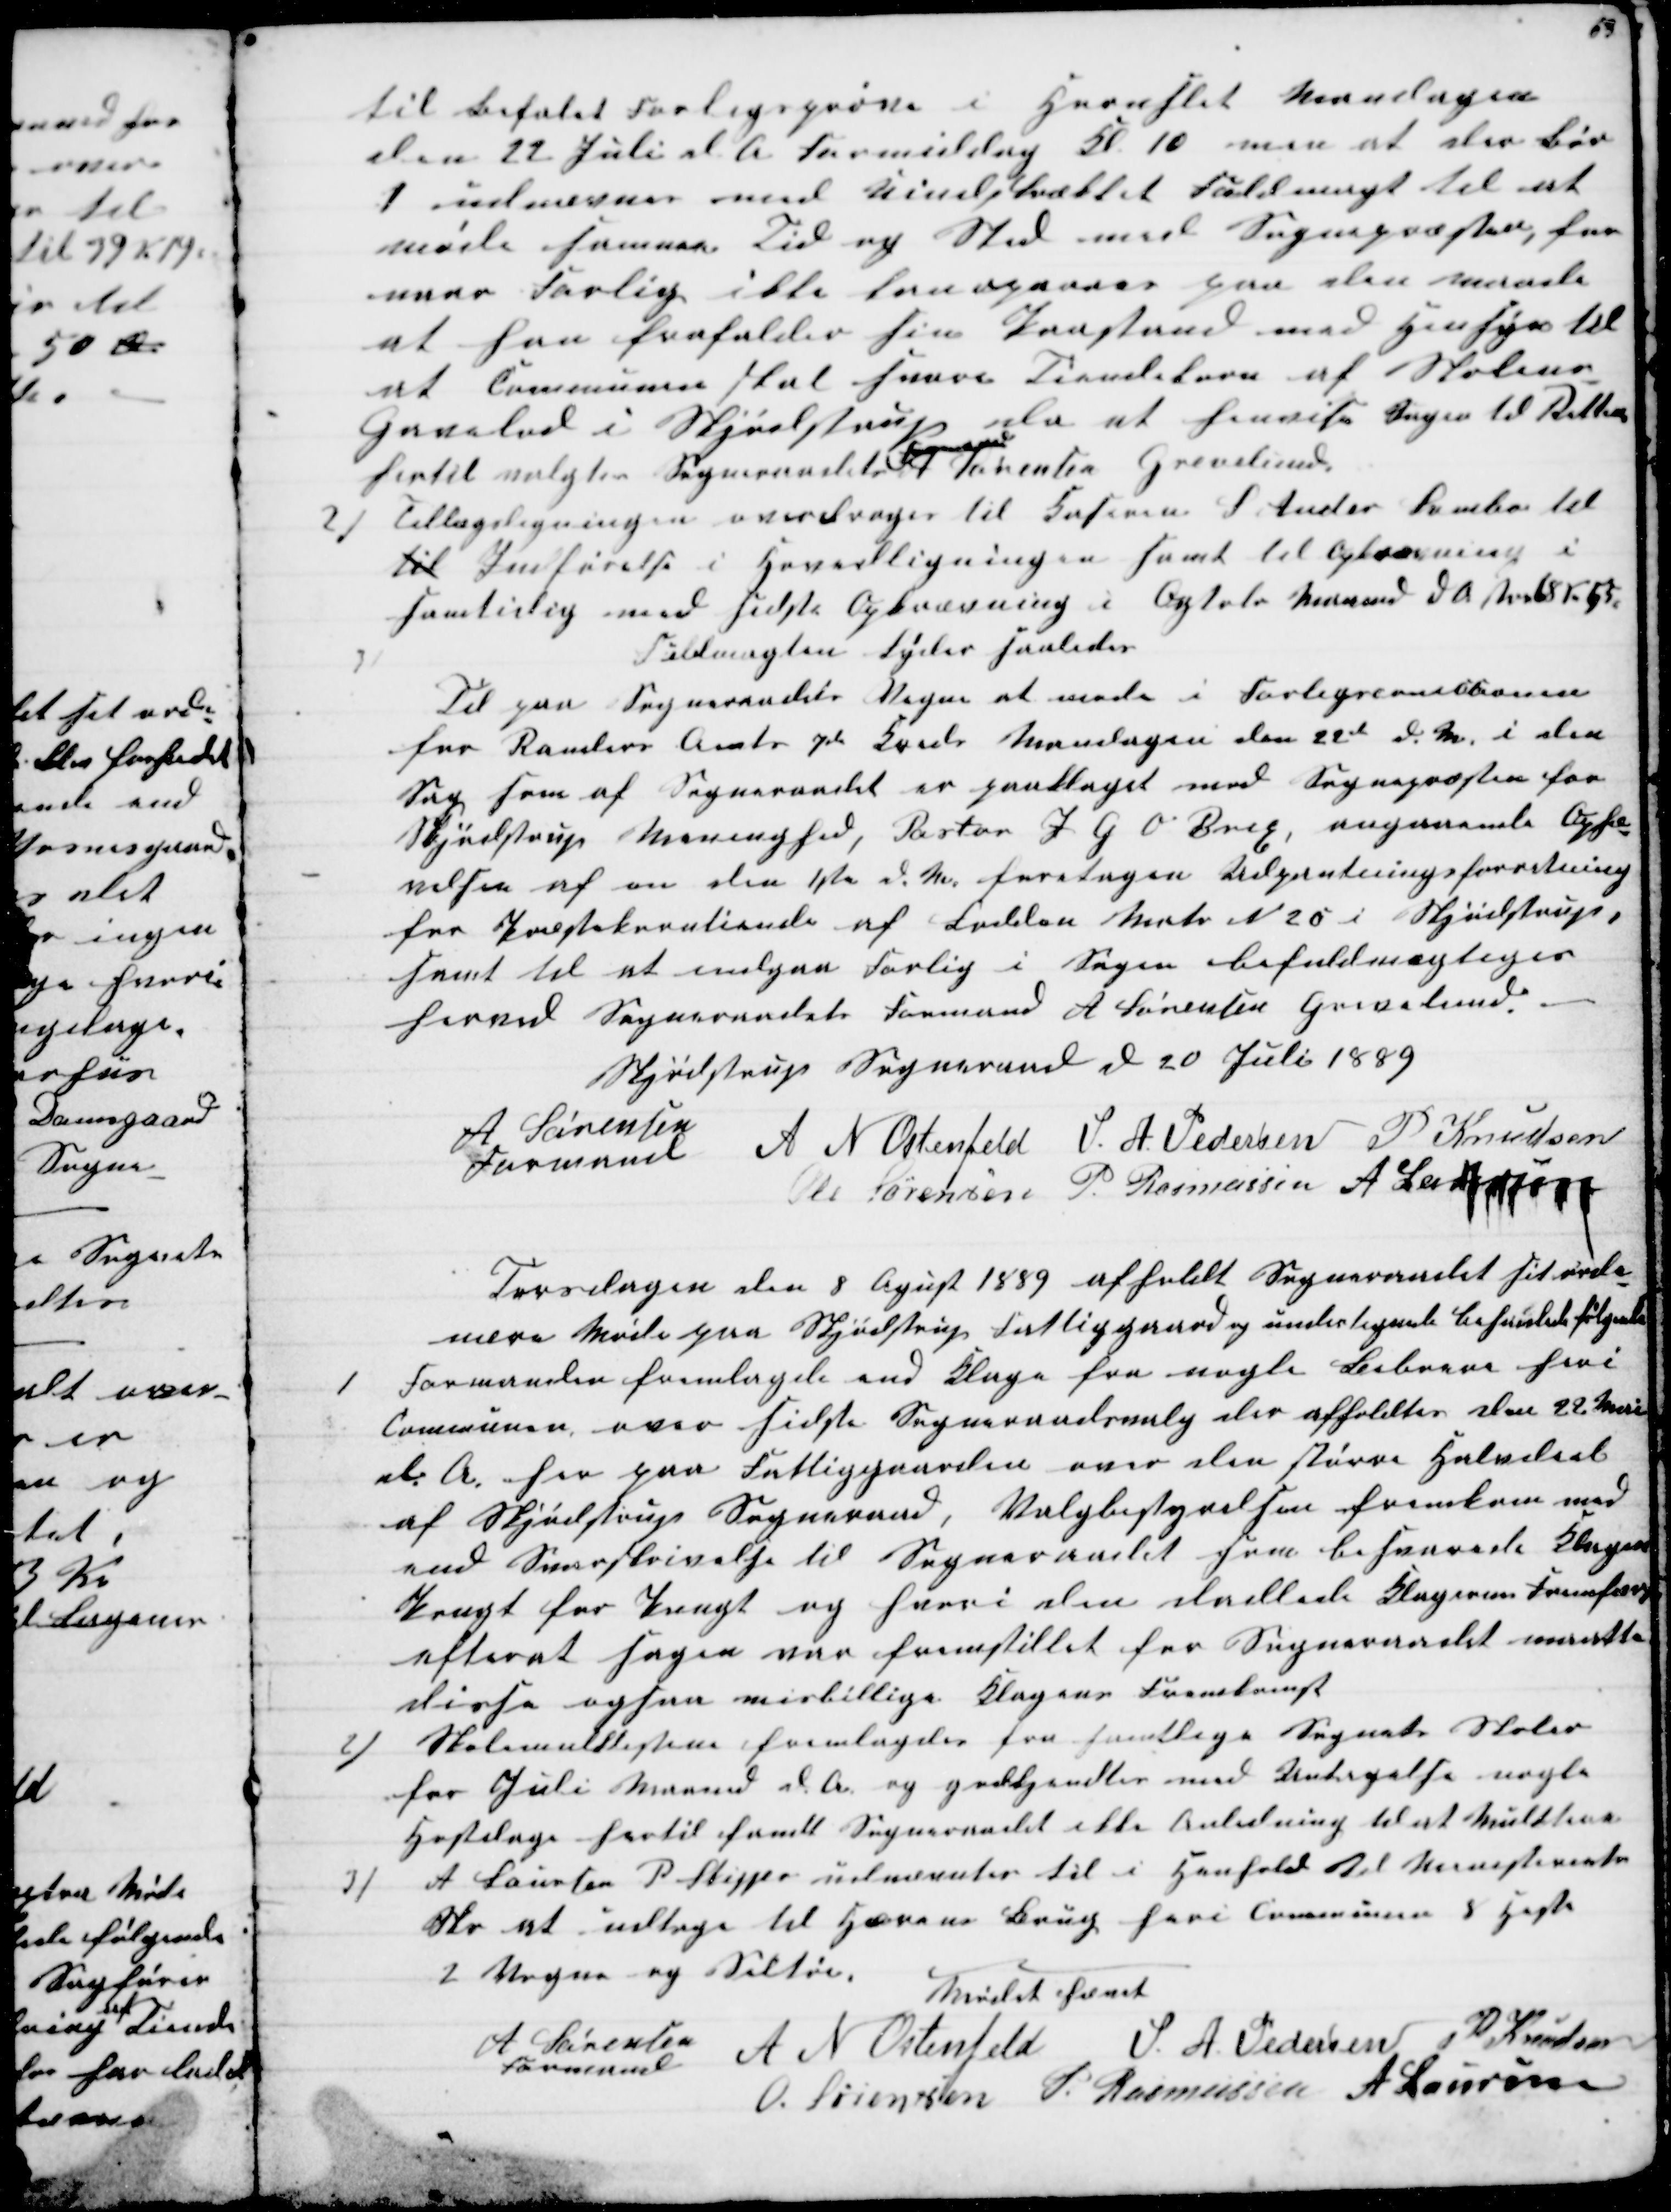
Transskription:
til Befalet Forligsprøve i Hornslet Mandagen
den 22 Juli d A Formiddag Kl 10 men at der bør
1 udnævnes med Uindskrænket Fuldmagt til at
møde samme Tid og Sted med Sognepræsten, for
naar Forlig ikke kan opnaas paa den maade
at han frafalder sin Paastand med Hensyn til
at Communen skal svare Tiendekorn af Skolens
Gavelod i Skjødstrup da at henvise Sagen til Retten
hertil valgtes Sogneraadets 
Formand
A Sørensen Grevelund
2) Tillægsligningen overdroges til Kaseren S. Ander Svinbo til
til Indførelse i Hovedligningen samt til Opkrævning i
samtidig med sidste Opkrævning i Ogtober Maaned d A 68 Kr 65
3)
Fuldmagten lyder saaledes
Til paa Sogneraadets Vegne at møde i Forligscommitionen
for Randers Amt 7de Kreds Mandagen den 22de d. M. i den
Sag som af Sogneraadet er paaklaget mod Sognepræsten for
Skjødstrup Meninghed, Pastor J. G O Brix, angaaende Ophæ-
velsen af en den 1ste d. M. foretagen Udpantningsforretning
for Præstetiende af Lodden Matr N 25 i Skjødstrup,
samt til at indgaa Forlig i Sagen befuldmægtiges
herved Sogneraadets Formand A. Sørensen Grevelund.
Skjødstrup Sogneraad d 20 Juli 1889
A Sørensen
Formand 
A N Ostenfeld S. A. Pedersen P Knudsen
Ole Sørensen P. Rasmussen A Laursen
Torsdagen den 8 Agust 1889 afholdt Sogneraadet sit ordi-
nære Møde paa Skjødstrup Fattiggaard og undertegnede behanlede følgende
1
Formanden fremlagde end Klage fra nogle Beboere heri
Communen, over sidste Sogneraadsvalg blev afholdtes den 22 Mai
d. A. her paa Fattiggaarden over den større Halvdeel
af Skjødstrup Sogneraad, Valgbestyrelsen fremkom med
end Svarskrivelse til Sogneraadet som besvarede Klagen
Pungt for Pungt og hvori den dadlede Klagerens Fremfærd
efterat sagen var fremstillet for Sogneraadet maatte
disse ogsaa misbillige Klagens Fremkomst
2)
Skolemulklisterne fremlagdes fra samtlige Sognets Skoler
for Juli Maaned d. A. og godtkjendtes med Untagelse nogle
Høstdage hertil fandt Sogneraadet ikke Anledning til at Mulktere
3)
A Laursen P Skipper udnævntes til i Henhold til Ministeriets
Skr at udtage til Hærens Brug heri Communen 8 Heste
2 Vogne og Seltøi.
Mødet hævet
A Sørensen
Formand
A N Ostenfeld S. A. Pedersen P. Knudsen
O. Sørensen P. Rasmussen A Laursen